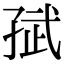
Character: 𭓈